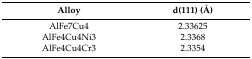
<table><thead><tr><td><b>Alloy</b></td><td><b>d(111) (Å)</b></td></tr></thead><tbody><tr><td>AlFe7Cu4</td><td>2.33625</td></tr><tr><td>AlFe4Cu4Ni3</td><td>2.3368</td></tr><tr><td>AlFe4Cu4Cr3</td><td>2.3354</td></tr></tbody></table>